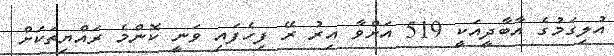
އުލިގަމުގެ އާބާދީއަކީ 519 އަށްވާ އިރު ރޭ ފިހެފައި ވަނީ ކޮންމެ ރައްޔިތަކަށް